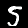
Digit: 5